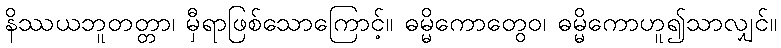
နိဿယဘူတတ္တာ၊ မှီရာဖြစ်သောကြောင့်။ ဓမ္မိကောတွေဝ၊ ဓမ္မိကောဟူ၍သာလျှင်။